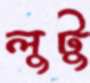
লুটু